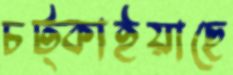
চট্‌কাইয়াছে